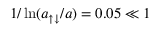
1 / \ln ( a _ { \uparrow \downarrow } / a ) = 0 . 0 5 \ll 1